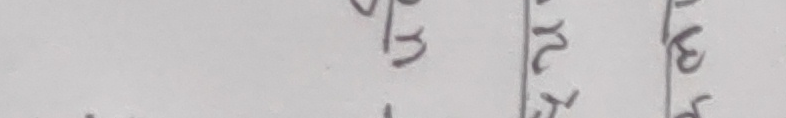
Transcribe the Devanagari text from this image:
उति
र
हवे